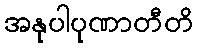
အနုပါပုဏာတီတိ